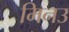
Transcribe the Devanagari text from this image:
मिनउ